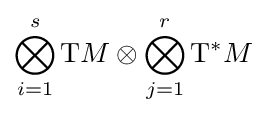
\bigotimes _{i=1}^{s}{\rm {T}}M\otimes \bigotimes _{j=1}^{r}{\rm {T}}^{*}M